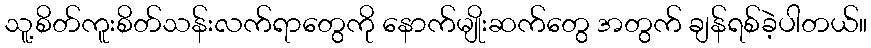
သူ့စိတ်ကူးစိတ်သန်းလက်ရာတွေကို နောက်မျိုးဆက်တွေ အတွက် ချန်ရစ်ခဲ့ပါတယ်။